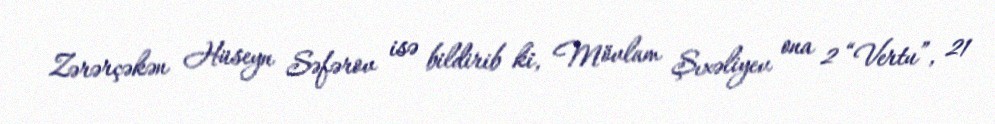
Zərərçəkən Hüseyn Səfərov isə bildirib ki, Mövlam Şıxəliyev ona 2 “Vertu”, 21